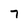
Character: 7